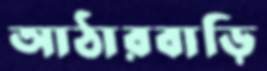
আঠারবাড়ি